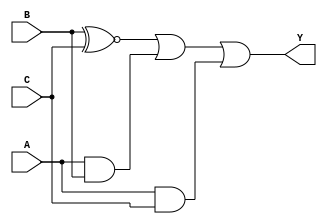
module combinational_logic (
    input wire A,      // Input A
    input wire B,      // Input B
    input wire C,      // Input C
    output wire Y      // Output Y
);

// Define the output logic based on the valid input combinations
// Let's assume the following truth table:
// A B C | Y
// 0 0 0 | 0
// 0 0 1 | 1
// 0 1 0 | 1
// 0 1 1 | X (don't care)
// 1 0 0 | 0
// 1 0 1 | X (don't care)
// 1 1 0 | 1
// 1 1 1 | 1

// The simplified logic expression considering don't care conditions
// Y = B'C + AB + AC
assign Y = (B ~^ C) | (A & B) | (A & C);

endmodule